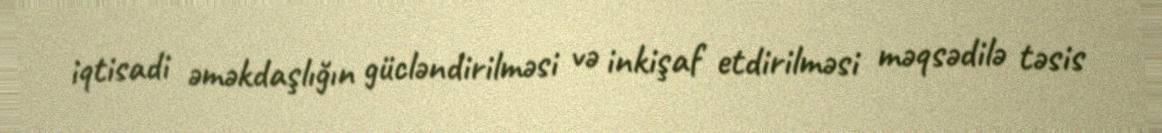
iqtisadi əməkdaşlığın gücləndirilməsi və inkişaf etdirilməsi məqsədilə təsis